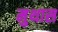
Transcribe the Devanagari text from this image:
मुथास